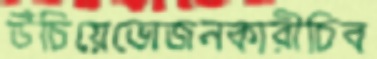
উঁচিয়েভোজনকারীচিব